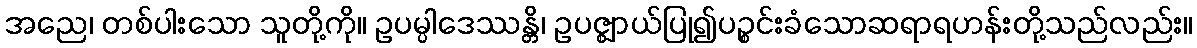
အညေ၊ တစ်ပါးသော သူတို့ကို။ ဥပမ္ပါဒေဿန္တိ၊ ဥပဇ္ဈာယ်ပြု၍ပဉ္စင်းခံသောဆရာရဟန်းတို့သည်လည်း။